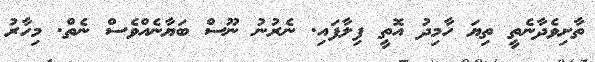
ތާށިވެދާނެތީ ތިޔަ ހާމިދު އޮތީ ފިލާފައި. ނެރުނު ނޫސް ބަޔާނެއްވެސް ނެތް. މިހާރު